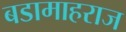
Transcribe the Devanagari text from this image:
बडामाहराज